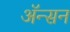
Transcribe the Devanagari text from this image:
ॲन्सन